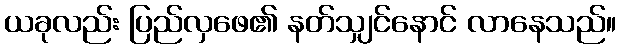
ယခုလည်း ပြည်လှဖေ၏ နတ်သျှင်နောင် လာနေသည်။